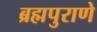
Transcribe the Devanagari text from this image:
ब्रह्मपुराणे